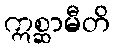
ဣစ္ဆာမီတိ